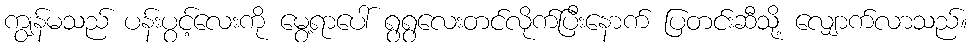
ကျွန်မသည် ပန်းပွင့်လေးကို မွေ့ရာပေါ် ရွရွလေးတင်လိုက်ပြီးနောက် ပြတင်းဆီသို့ လျှောက်လာသည်။